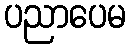
ပညာပေမ